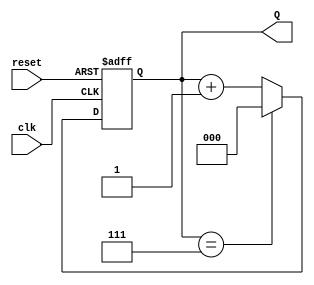
module binary_counter #(
    parameter N = 3  // Number of bits for the counter (default is 3)
)(
    input wire clk,       // Clock input
    input wire reset,     // Asynchronous reset input
    output reg [N-1:0] Q // Counter output
);

    // Always block triggered on the clock edge
    always @(posedge clk or posedge reset) begin
        if (reset) begin
            Q <= 0; // Reset the counter to 0
        end else begin
            if (Q == (1 << N) - 1) begin
                Q <= 0; // Wrap around to 0 after reaching max count
            end else begin
                Q <= Q + 1; // Increment the counter
            end
        end
    end

endmodule